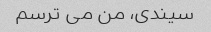
سیندی، من می ترسم